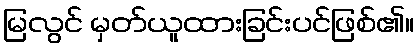
မြလွင် မှတ်ယူထားခြင်းပင်ဖြစ်၏။